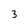
Character: 3